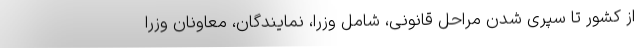
از کشور تا سپری شدن مراحل قانونی، شامل وزرا، نمایندگان، معاونان وزرا